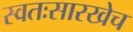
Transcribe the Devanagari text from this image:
स्वतःसारखेच